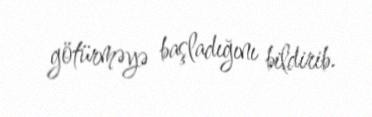
götürməyə başladığını bildirib.